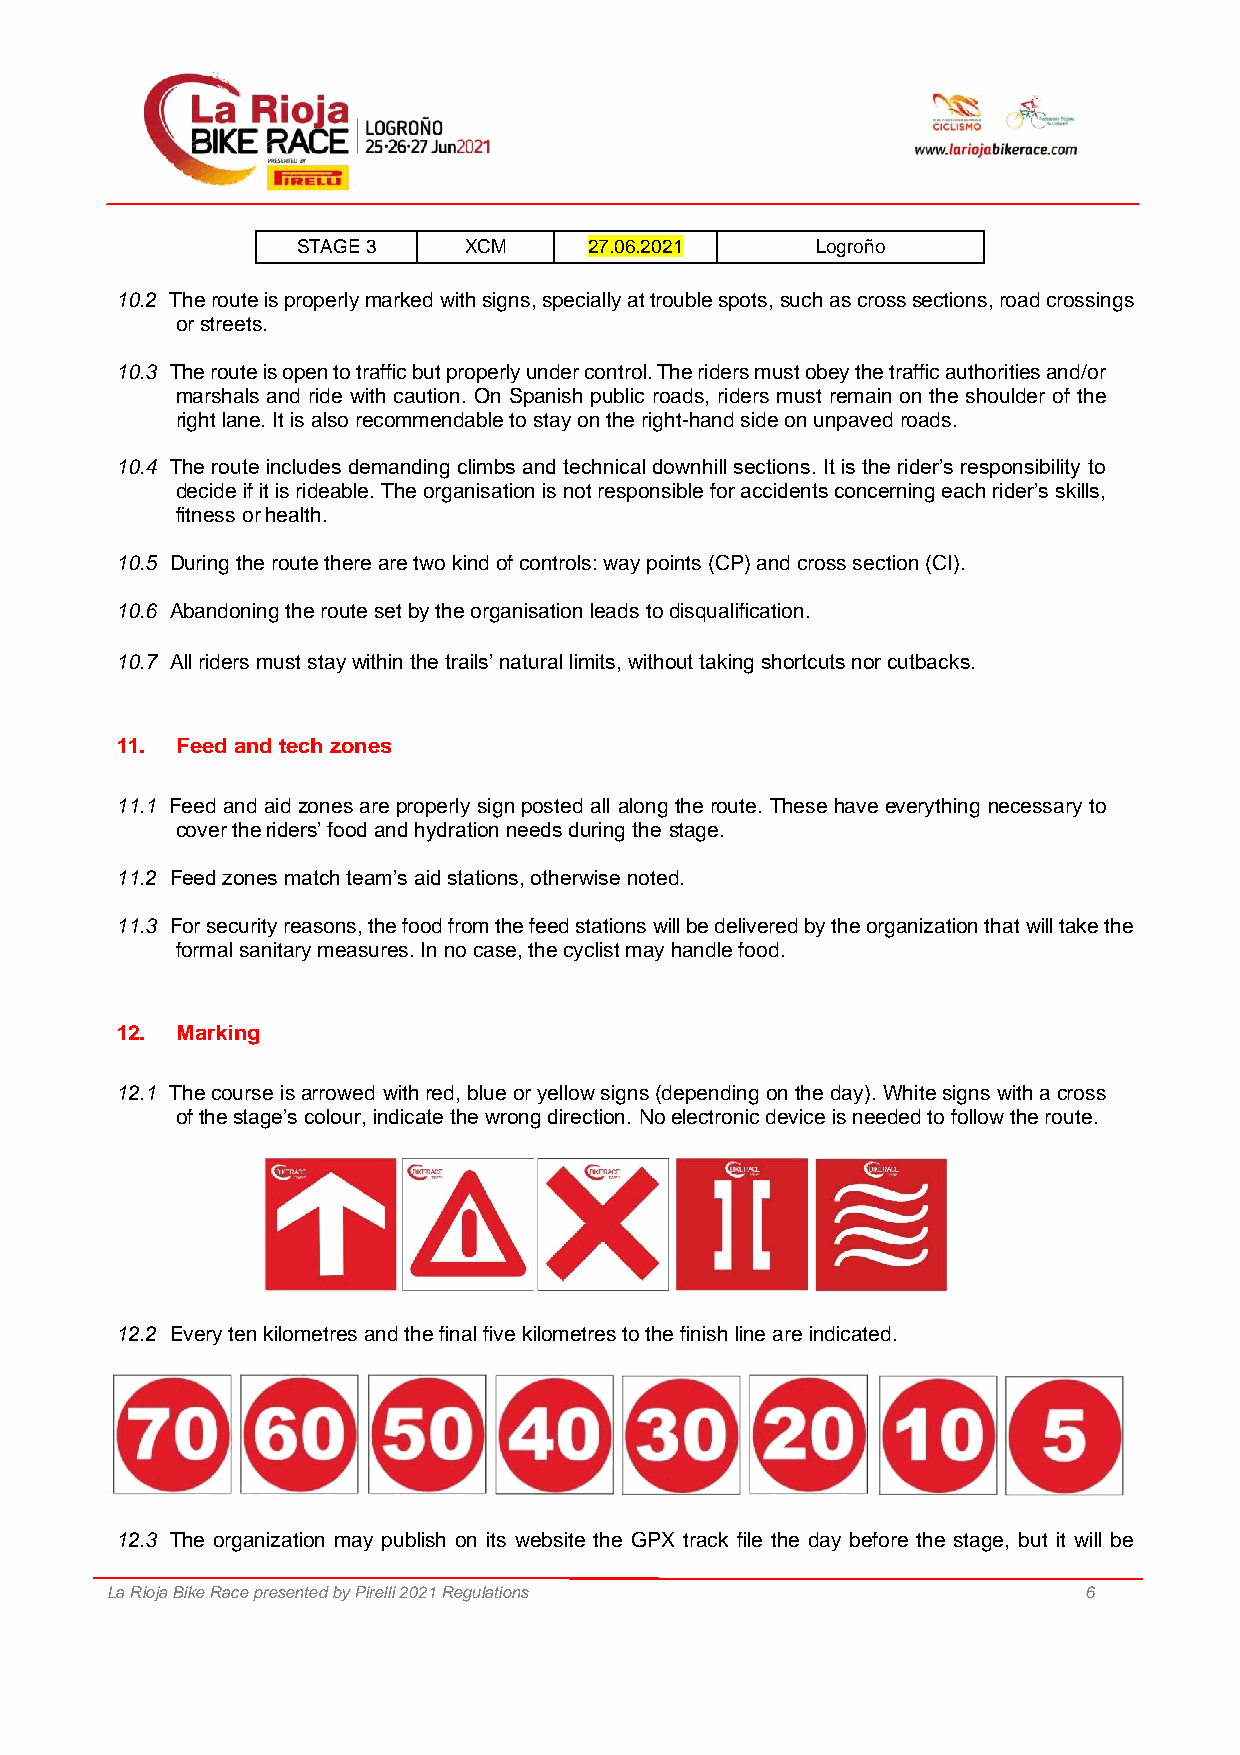
STAGE 3    XCM     27.06.2021     Logroño
 10.2 The route is properly marked with signs, specially at trouble spots, such as cross sections, road crossings
 or streets.
 10.3 The route is open to traffic but properly under control. The riders must obey the traffic authorities and/or
 marshals and ride with caution. On Spanish public roads, riders must remain on the shoulder of the
 right lane. It is also recommendable to stay on the right-hand side on unpaved roads.
 10.4 The route includes demanding climbs and technical downhill sections. It is the rider’s responsibility to
 decide if it is rideable. The organisation is not responsible for accidents concerning each rider’s skills,
 fitness or health.
 10.5 During the route there are two kind of controls: way points (CP) and cross section (CI).
 10.6 Abandoning the route set by the organisation leads to disqualification.
 10.7 All riders must stay within the trails’ natural limits, without taking shortcuts nor cutbacks.
 11. Feed and tech zones
 11.1 Feed and aid zones are properly sign posted all along the route. These have everything necessary to
 cover the riders’ food and hydration needs during the stage.
 11.2 Feed zones match team’s aid stations, otherwise noted.
 11.3 For security reasons, the food from the feed stations will be delivered by the organization that will take the
 formal sanitary measures. In no case, the cyclist may handle food.
 12. Marking
 12.1 The course is arrowed with red, blue or yellow signs (depending on the day). White signs with a cross
 of the stage’s colour, indicate the wrong direction. No electronic device is needed to follow the route.
 12.2 Every ten kilometres and the final five kilometres to the finish line are indicated.
 12.3 The organization may publish on its website the GPX track file the day before the stage, but it will be
 La Rioja Bike Race presented by Pirelli 2021 Regulations         6